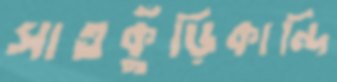
সাতকুঁড়িকান্দি